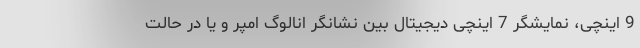
9 اینچی، نمایشگر 7 اینچی دیجیتال بین نشانگر انالوگ امپر و یا در حالت